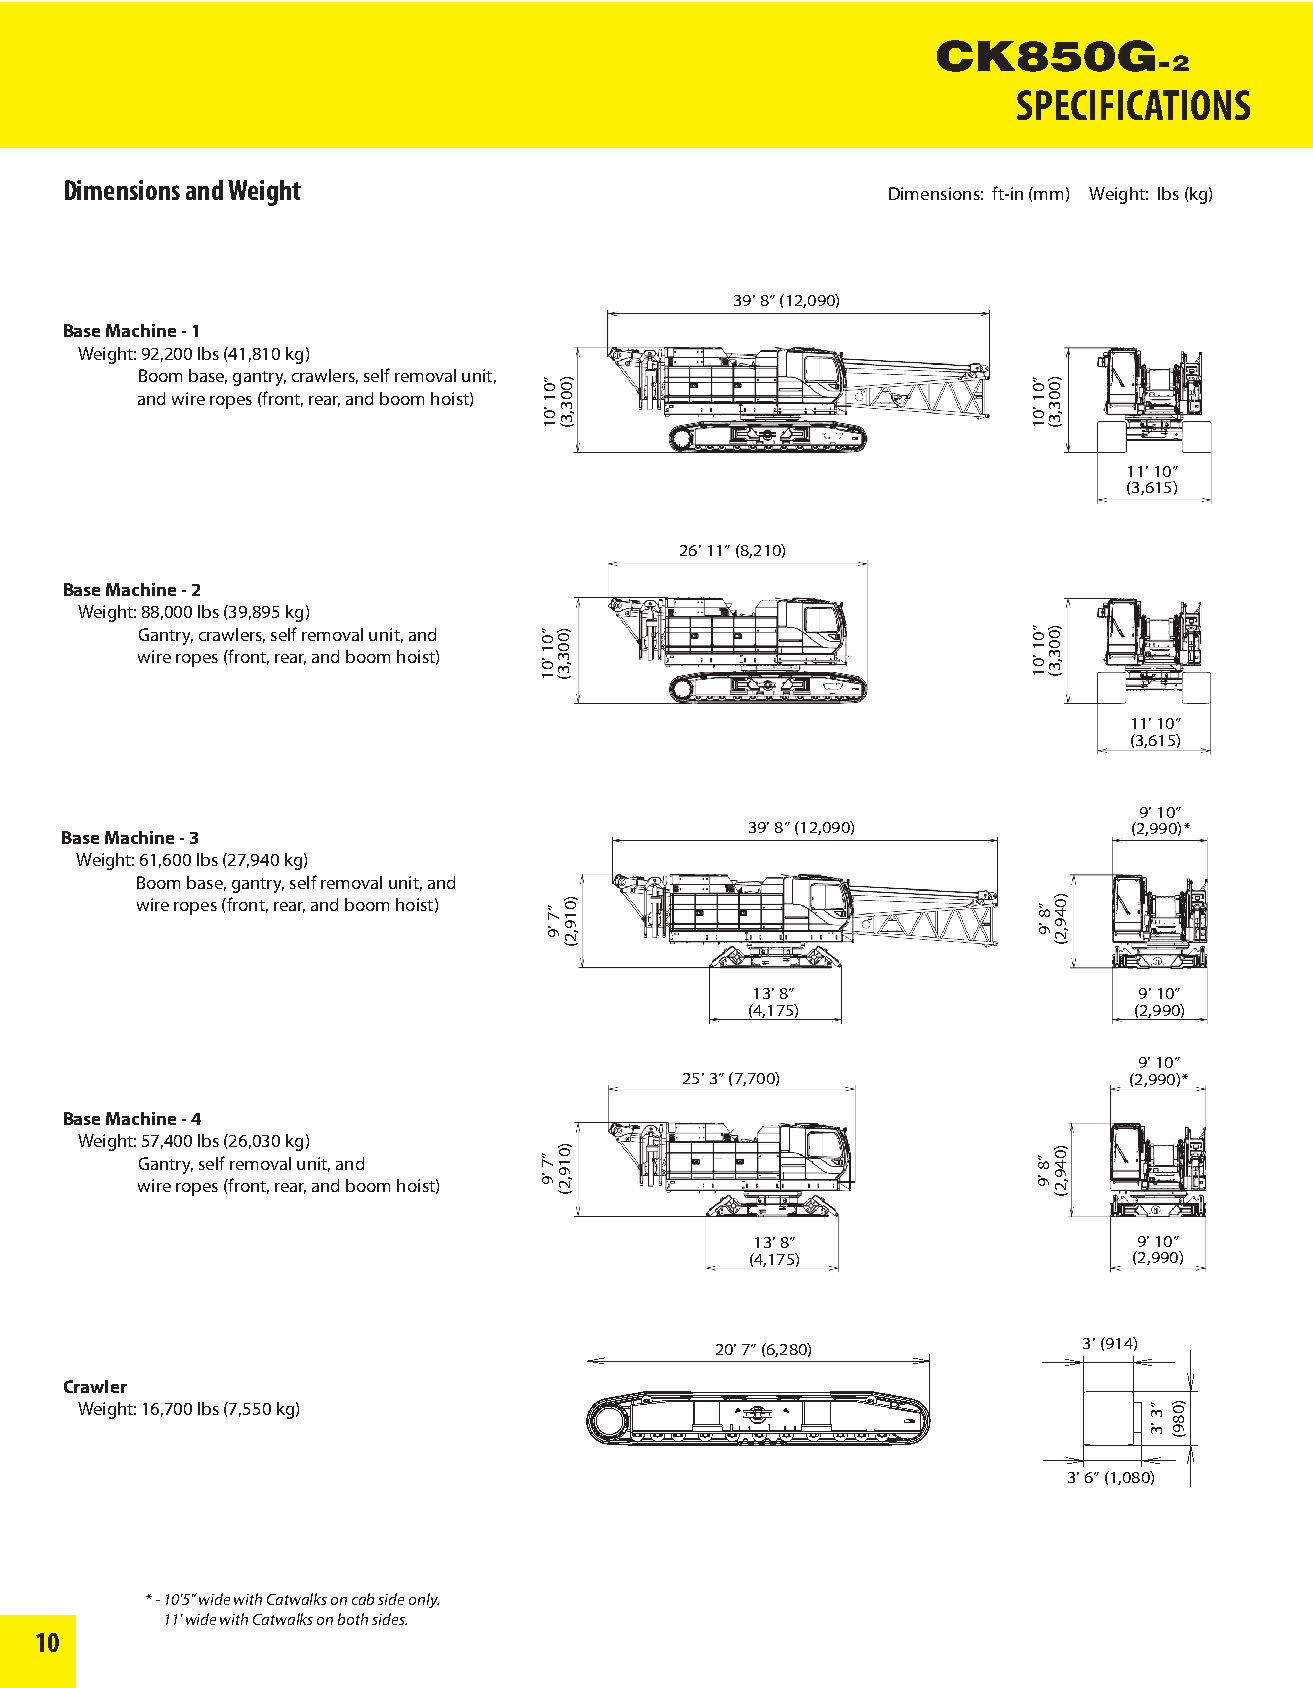
SPECIFICATIONS
 Dimensions and Weight
 Dimensions: ft-in (mm) Weight: lbs (kg)
 39’ 8” (12,090)
 Base Machine - 1
 Weight: 92,200 lbs (41,810 kg)
 Boom base, gantry, crawlers, self removal unit,
 and wire ropes (front, rear, and boom hoist)
 11’ 10”
 (3,615)
 26’ 11” (8,210)
 Base Machine - 2
 Weight: 88,000 lbs (39,895 kg)
 Gantry, crawlers, self removal unit, and
 wire ropes (front, rear, and boom hoist)
 11’ 10”
 (3,615)
 9’ 10”
 39’ 8” (12,090)           (2,990)*
 Base Machine - 3
 Weight: 61,600 lbs (27,940 kg)
 Boom base, gantry, self removal unit, and
 wire ropes (front, rear, and boom hoist)
 13’ 8”                   9’ 10”
 (4,175)                   (2,990)
 9’ 10”
 25’ 3” (7,700)                (2,990)*
 Base Machine - 4
 Weight: 57,400 lbs (26,030 kg)
 Gantry, self removal unit, and
 wire ropes (front, rear, and boom hoist)
 13’ 8”                   9’ 10”
 (4,175)                  (2,990)
 20’ 7” (6,280)           3’ (914)
 Crawler
 Weight: 16,700 lbs (7,550 kg)
 3’ 6” (1,080)
 * - 10’5” wide with Catwalks on cab side only.
 11’ wide with Catwalks on both sides.
 10
 ”01
 ’01
 ”01
 ’01
 ”7
 ’9
 ”7
 ’9
 )003,3(
 )003,3(
 )019,2(
 )019,2(
 ”01
 ’01
 ”01
 ’01
 ”8
 ’9
 ”8
 ’9
 )003,3(
 )003,3(
 )049,2(
 )049,2(
 ”3
 ’3
 )089(